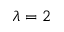
\lambda = 2